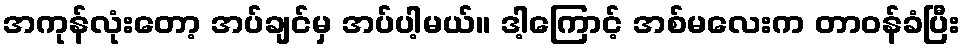
အကုန်လုံးတော့ အပ်ချင်မှ အပ်ပါ့မယ်။ ဒါ့ကြောင့် အစ်မလေးက တာဝန်ခံပြီး